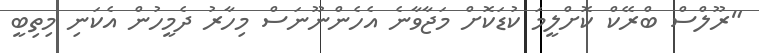
"ރޫލްސް ބްރޭކް ކޮށްލީމަ ކުޑަކޮށް މަޖާވާނެ އެހެންނޫނަސް މިހާރު ދެމީހުން އެކަނި މިތިބީ